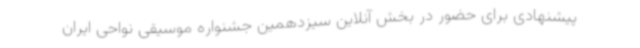
پیشنهادی برای حضور در بخش آنلاین سیزدهمین جشنواره موسیقی نواحی ایران